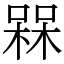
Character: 槑